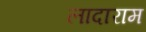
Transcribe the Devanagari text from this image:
लादाराम